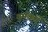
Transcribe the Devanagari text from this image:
वर्मकर्म